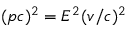
( p c ) ^ { 2 } = E ^ { 2 } ( v / c ) ^ { 2 }